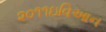
૨૦૧૧ઇવિઆન